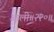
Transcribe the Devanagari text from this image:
आली॥२२०॥